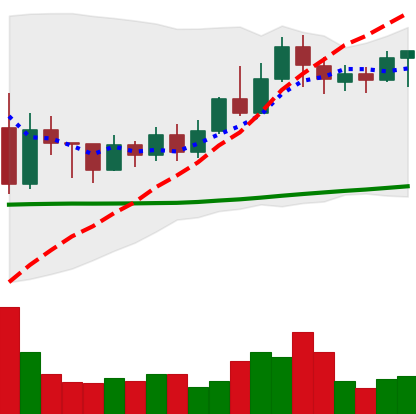
Ticker: TRX-USD
Chart end date: 2022-05-31
Forward return: -3.284%
Label: down_3_5